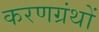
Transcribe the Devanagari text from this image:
करणग्रंथों